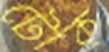
টোক্‌